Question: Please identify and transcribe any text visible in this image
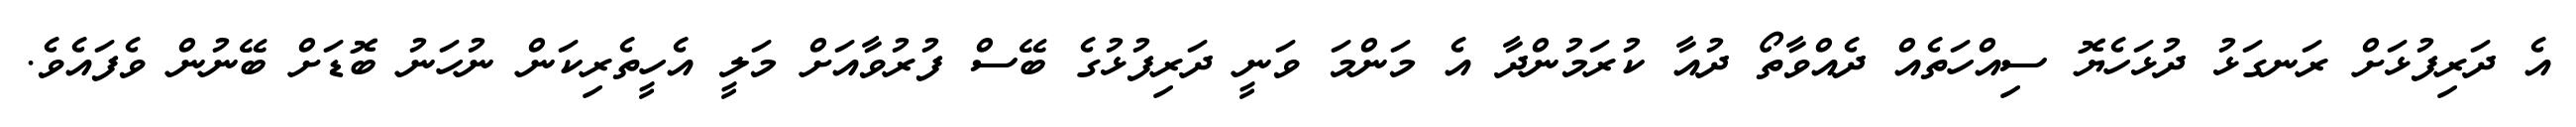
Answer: އެ ދަރިފުޅަށް ރަނގަޅު ދުޅަހެޔޮ ސިއްހަތެއް ދެއްވާތޯ ދުއާ ކުރަމުންދާ އެ މަންމަ ވަނީ ދަރިފުޅުގެ ބޭސް ފުރުވާއަށް މަލީ އެހީތެރިކަން ނުހަނު ބޮޑަށް ބޭނުން ވެފައެވެ.